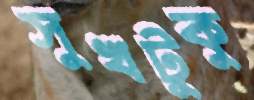
সুখটুকু